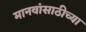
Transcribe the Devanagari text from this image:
मानवांसाठीच्या